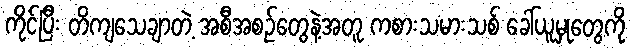
ကိုင်ပြီး တိကျသေချာတဲ့ အစီအစဉ်တွေနဲ့အတူ ကစားသမားသစ် ခေါ်ယူမှုတွေကို